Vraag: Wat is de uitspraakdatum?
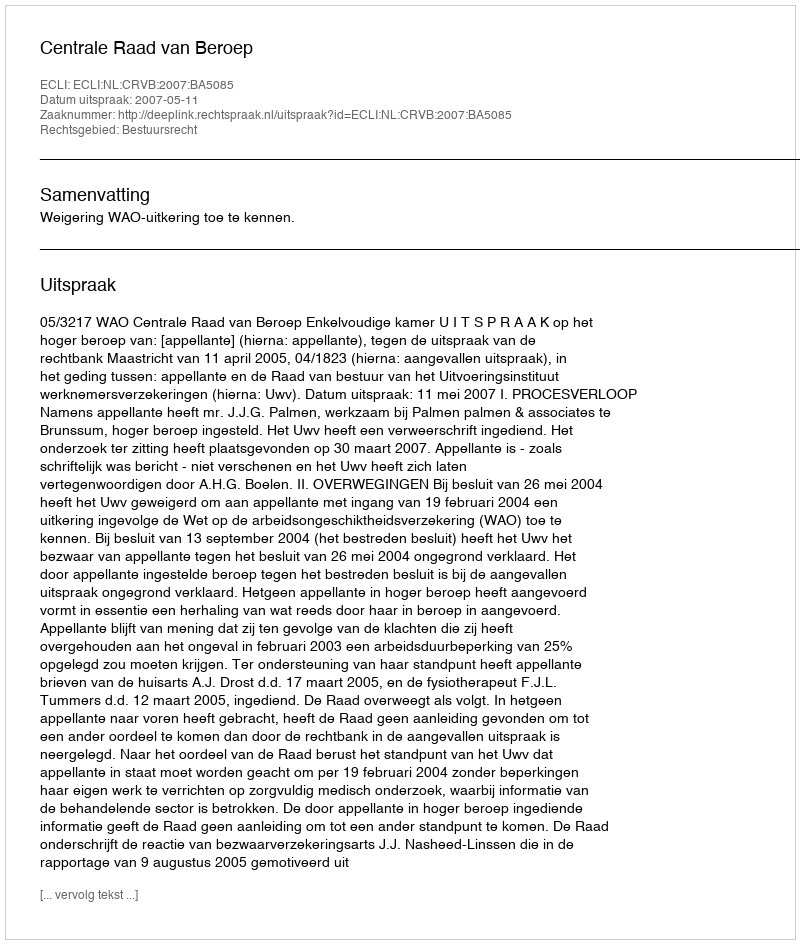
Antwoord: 2007-05-11